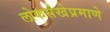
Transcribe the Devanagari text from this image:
लोकसंखेप्रमाणे